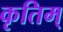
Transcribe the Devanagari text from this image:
कृतिम्